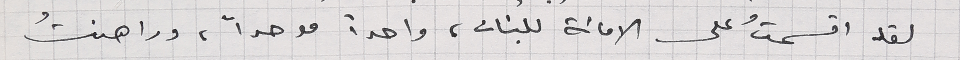
لقد اقسمتُ على الامانة للبنان، واحداً موحداً، وراهنتُ